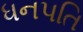
ધનપતિ